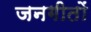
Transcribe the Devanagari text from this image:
जनगीतों